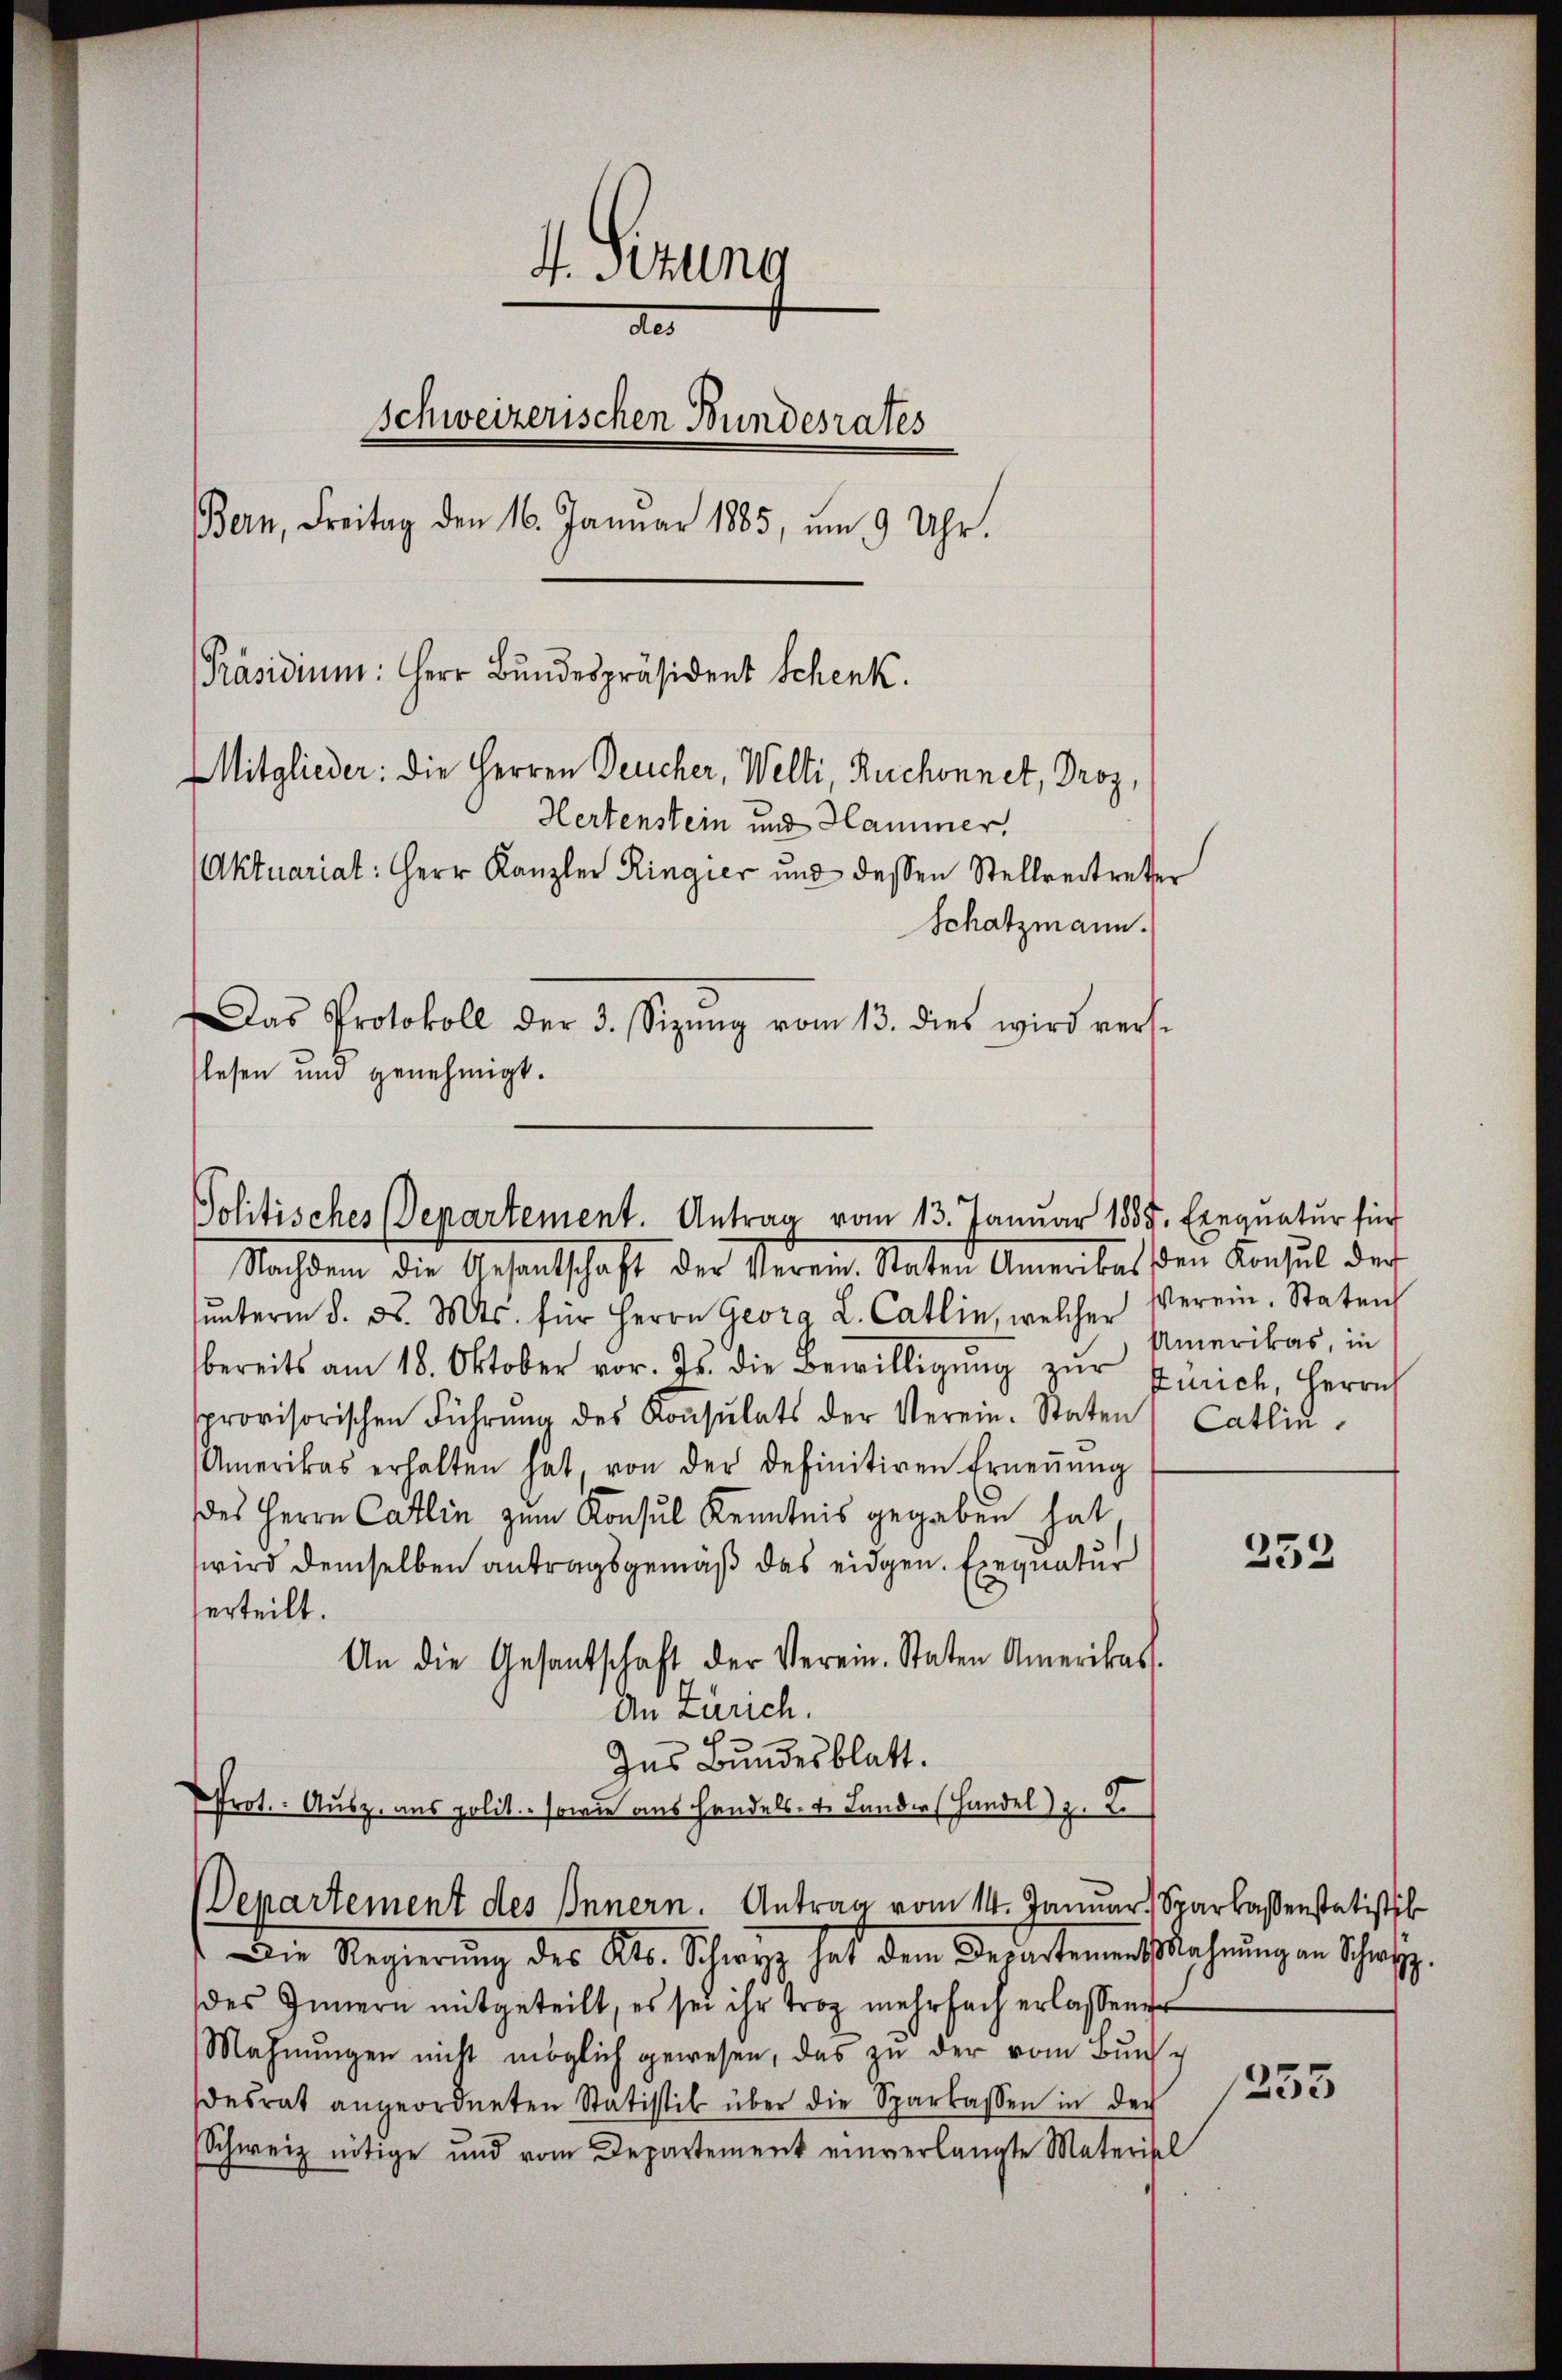
4. Sitzung
der
schweizerischen Bundesrates
Bern, Freitag den 16. Januar 1885, um 9 Uhr.
Präsidium: Herr Bundespräsident Schenk.
Mitglieder: die Herren Deucher, Welti Ruchonnet, Droz,
Hertenstein und Hammer.
Aktuariat: Herr Kanzler Ringier und dessen Stellvertreter
Schatzmann.
Das Protokoll der 3. Sizŭng vom 13. dies wird vers-
slesen und genehmigt.

Politisches Departement. Antrag vom 13. Januar 1885. Exequatur für

Nachdem die Gesandschaft der Verein Staten Amerikat den Konsul der
ŭntern d. d. Mts. für Herrn Georg L. Catlin, welcher Verein, Staten
bereits am 18. Oktober vor. Js. die Bewilligŭng zŭr Zürich, Herrn
sprovisorischen Führŭng des Konsulats der Verein. Staten
Amerikas erhalten hat, von der definitiven Erneṅŭng
des Herrn Carlin zum Konsul Kenntnis gegeben hat,
wird demselben antragsgemäß das eidgen. Exequatur
erteilt.
An die Gesantschaft der Verein. Staten Amerikas.
An Larich.
Ins Bundesblatt.
PProt. Ausz. aus polit. - sowie aus Handels- u. Lander Handel) z. B.

Departement des Innern. Antrag vom 14. Januar, Sparkassenstatisti

Amerikas, in
Catlin

) Die Regierung des Alb. Schwyz hat den Beratementslehrung in Schaft
des Innern mitgeteilt, es sei ihr troz mehrfach erlassener
Mahnŭngen nicht möglich gewesen, das zu der vom Bundesrat angeordneten Statistik über die Sparkassen in der
Schweiz nötige und vom Departement einverlangte Materisch

252

1253